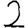
Digit: 2